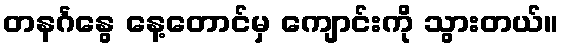
တနင်္ဂနွေ နေ့တောင်မှ ကျောင်းကို သွားတယ်။